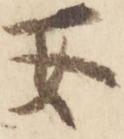
安